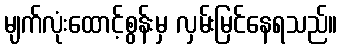
မျက်လုံးထောင့်စွန်းမှ လှမ်းမြင်နေရသည်။